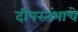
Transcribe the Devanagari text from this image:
दीपस्तंभाचे